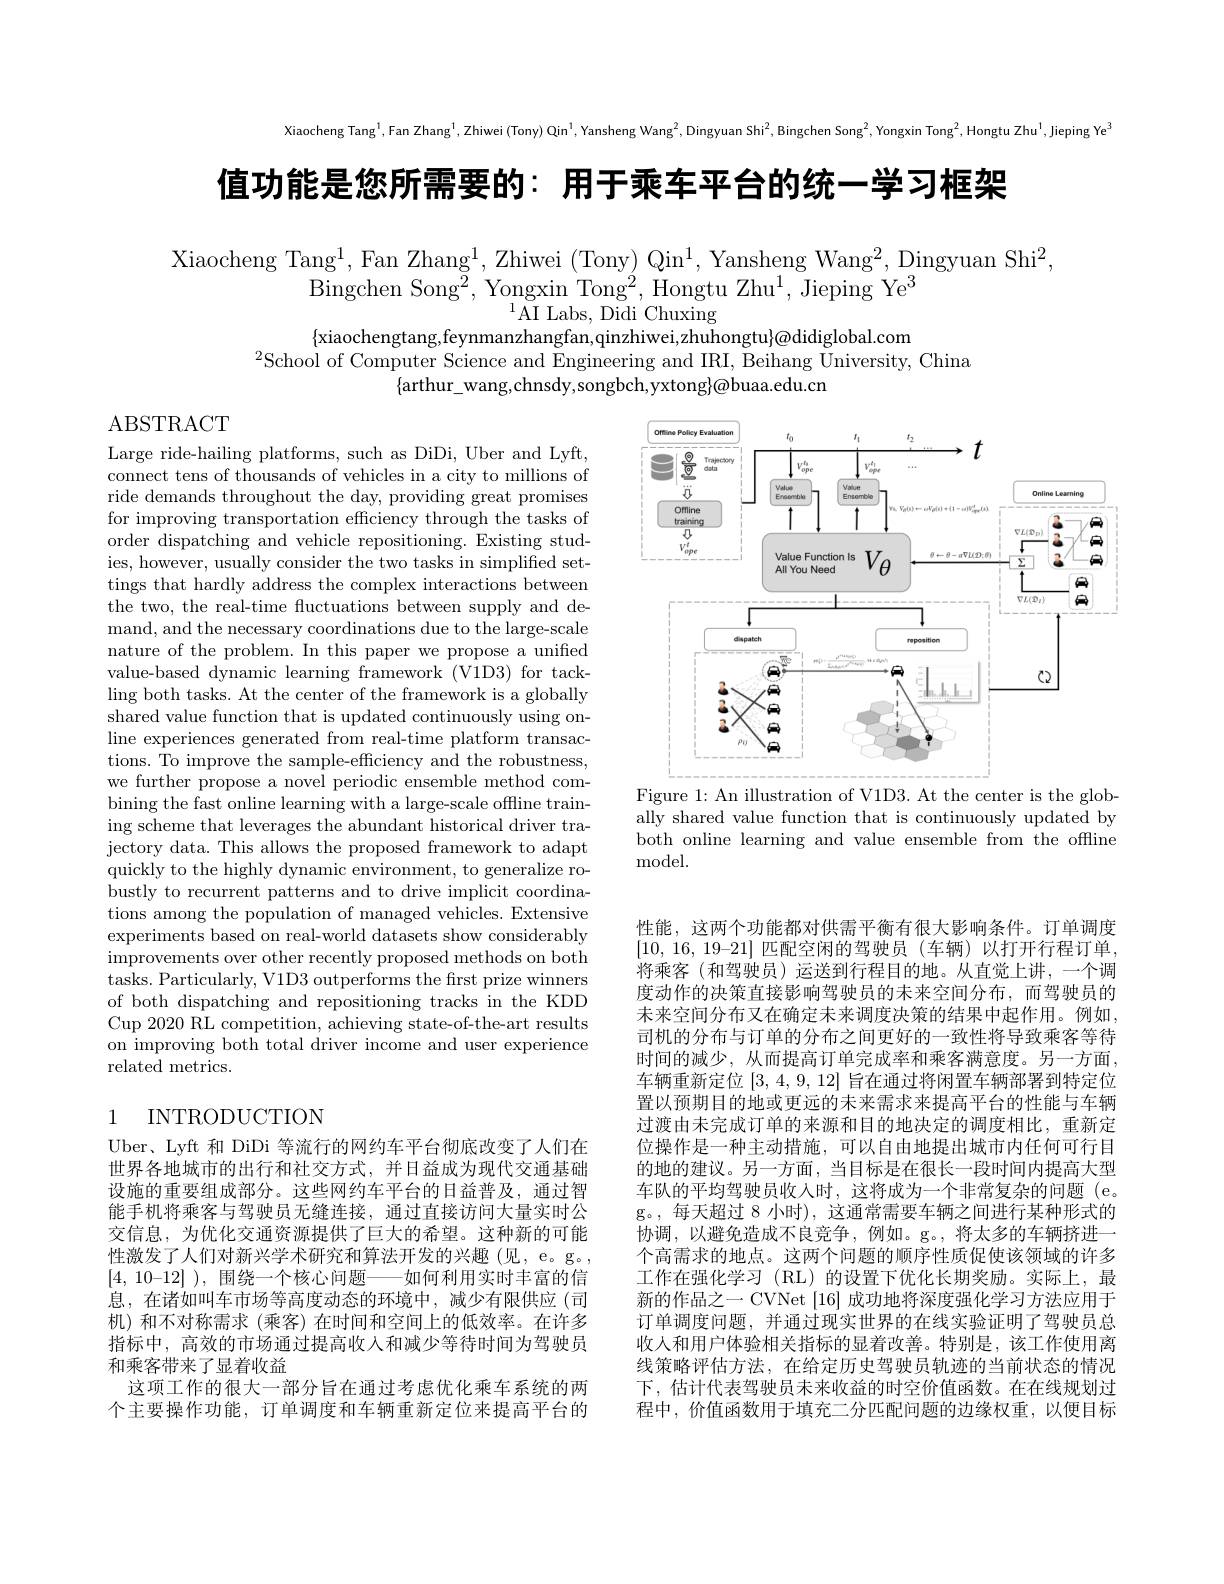
Xiaocheng Tang$^1$,Fan Zhang$^1$,Zhiwei (Tony) Qin$^1,\text{Yansheng Wang}^2$,Dingyuan Shi$^2$,Bingchen Song$^2$,Yongxin Tong$^2$,Hongtu Zhu$^1$,Jieping Ye$^3$

值功能是您所需要的：用于乘车平台的统一学习框架

Xiaocheng Tang$^1$,Fan Zhang$^1$,Zhiwei (Tony) Qin$^1$,Yansheng Wang$^2$,Dingyuan Shi$^2$,
Bingchen Son$g^{2}$, Yongxin Ton$g^{2}$, Hongtu Zh$u^{1}$, Jieping Y$e^{3}$
${}^{1}\bar{\mathrm{AI}}$Labs, Didi Chuxing
$\{$xiaochengtang,feynmanzhangfan,qinzhiwei,zhuhongtu$\}@$didiglobal.com

$^{2}$School of Computer Science and Engineering and IRI, Beihang University, China
$\{$arthur\_wang,chnsdy,songbch,yxtong$\}\textcircled{a}$buaa.edu.cn

ABSTRACT

Large ride-hailing platforms, such as DiDi, Uber and Lyft, connect tens of thousands of vehicles in a city to millions of ride demands throughout the day, providing great promises for improving transportation efficiency through the tasks of order dispatching and vehicle repositioning. Existing studies, however, usually consider the two tasks in simplified settings that hardly address the complex interactions between the two, the real-time fluctuations between supply and demand, and the necessary coordinations due to the large-scale nature of the problem. In this paper we propose a unified value-based dynamic learning framework (V1D3) for tackling both tasks. At the center of the framework is a globally shared value function that is updated continuously using online experiences generated from real-time platform transactions. To improve the sample-efficiency and the robustness, we further propose a novel periodic ensemble method combining the fast online learning with a large-scale offline training scheme that leverages the abundant historical driver trajectory data. This allows the proposed framework to adapt quickly to the highly dynamic environment, to generalize robustly to recurrent patterns and to drive implicit coordinations among the population of managed vehicles. Extensive experiments based on real-world datasets show considerably improvements over other recently proposed methods on both tasks. Particularly, V1D3 outperforms the frst prize winners of both dispatching and repositioning tracks in the KDD Cup 2020 RL competition, achieving state-of-the-art results on improving both total driver income and user experience related metrics.

## 1 INTRODUCTION

Uber、Lyft 和 DiDi 等流行的网约车平台彻底改变了人们在世界各地城市的出行和社交方式，并日益成为现代交通基础设施的重要组成部分。这些网约车平台的日益普及，通过智能手机将乘客与驾驶员无缝连接，通过直接访问大量实时公交信息，为优化交通资源提供了巨大的希望。这种新的可能性激发了人们对新兴学术研究和算法开发的兴趣(见，e。g。, [4, $10– 12]$ ), 围绕一个核心问题-
-如何利用实时丰富的信
息，在诸如叫车市场等高度动态的环境中，减少有限供应(司机)和不对称需求 (乘客)在时间和空间上的低效率。在许多指标中，高效的市场通过提高收入和减少等待时间为驾驶员和乘客带来了显着收益
这项工作的很大一部分旨在通过考虑优化乘车系统的两个主要操作功能，订单调度和车辆重新定位来提高平台的

<FigureHere>
Figure 1: An illustration of V1D3. At the center is the glob-

ally shared value function that is continuously updated by both online learning and value ensemble from the offline model.

性能，这两个功能都对供需平衡有很大影响条件。订单调度[10, 16, 19-21] 匹配空闲的驾驶员(车辆)以打开行程订单， 将乘客(和驾驶员)运送到行程目的地。从直觉上讲，一个调度动作的决策直接影响驾驶员的未来空间分布，而驾驶员的未来空间分布又在确定未来调度决策的结果中起作用。例如， 司机的分布与订单的分布之间更好的一致性将导致乘客等待时间的减少，从而提高订单完成率和乘客满意度。另一方面， 车辆重新定位[3,4,9,12]旨在通过将闲置车辆部署到特定位置以预期目的地或更远的未来需求来提高平台的性能与车辆过渡由未完成订单的来源和目的地决定的调度相比，重新定位操作是一种主动措施，可以自由地提出城市内任何可行目的地的建议。另一方面，当目标是在很长一段时间内提高大型车队的平均驾驶员收入时，这将成为一个非常复杂的问题 (e。g。,每天超过 8 小时), 这通常需要车辆之间进行某种形式的协调，以避免造成不良竞争，例如。g。,将太多的车辆挤进一个高需求的地点。这两个问题的顺序性质促使该领域的许多工作在强化学习 (RL) 的设置下优化长期奖励。实际上，最新的作品之一 CVNet [16]成功地将深度强化学习方法应用于订单调度问题，并通过现实世界的在线实验证明了驾驶员总收人和用户体验相关指标的显着改善。特别是，该工作使用离线策略评估方法，在给定历史驾驶员轨迹的当前状态的情况下，估计代表驾驶员未来收益的时空价值函数。在在线规划过程中，价值函数用于填充二分匹配问题的边缘权重，以便目标